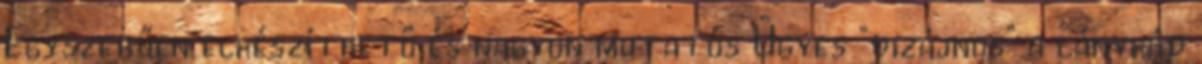
Egyszerűen elkészíthető és nagyon mutatós Ügyes "dizájnos" a lánykád